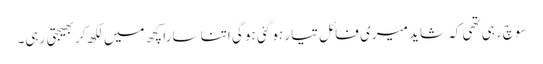
سوچ رہی تھی کہ شاید میری فائل تیار ہو گئی ہو گی اتنا سارا کچھ میں لکھ کربھیجتی رہی۔